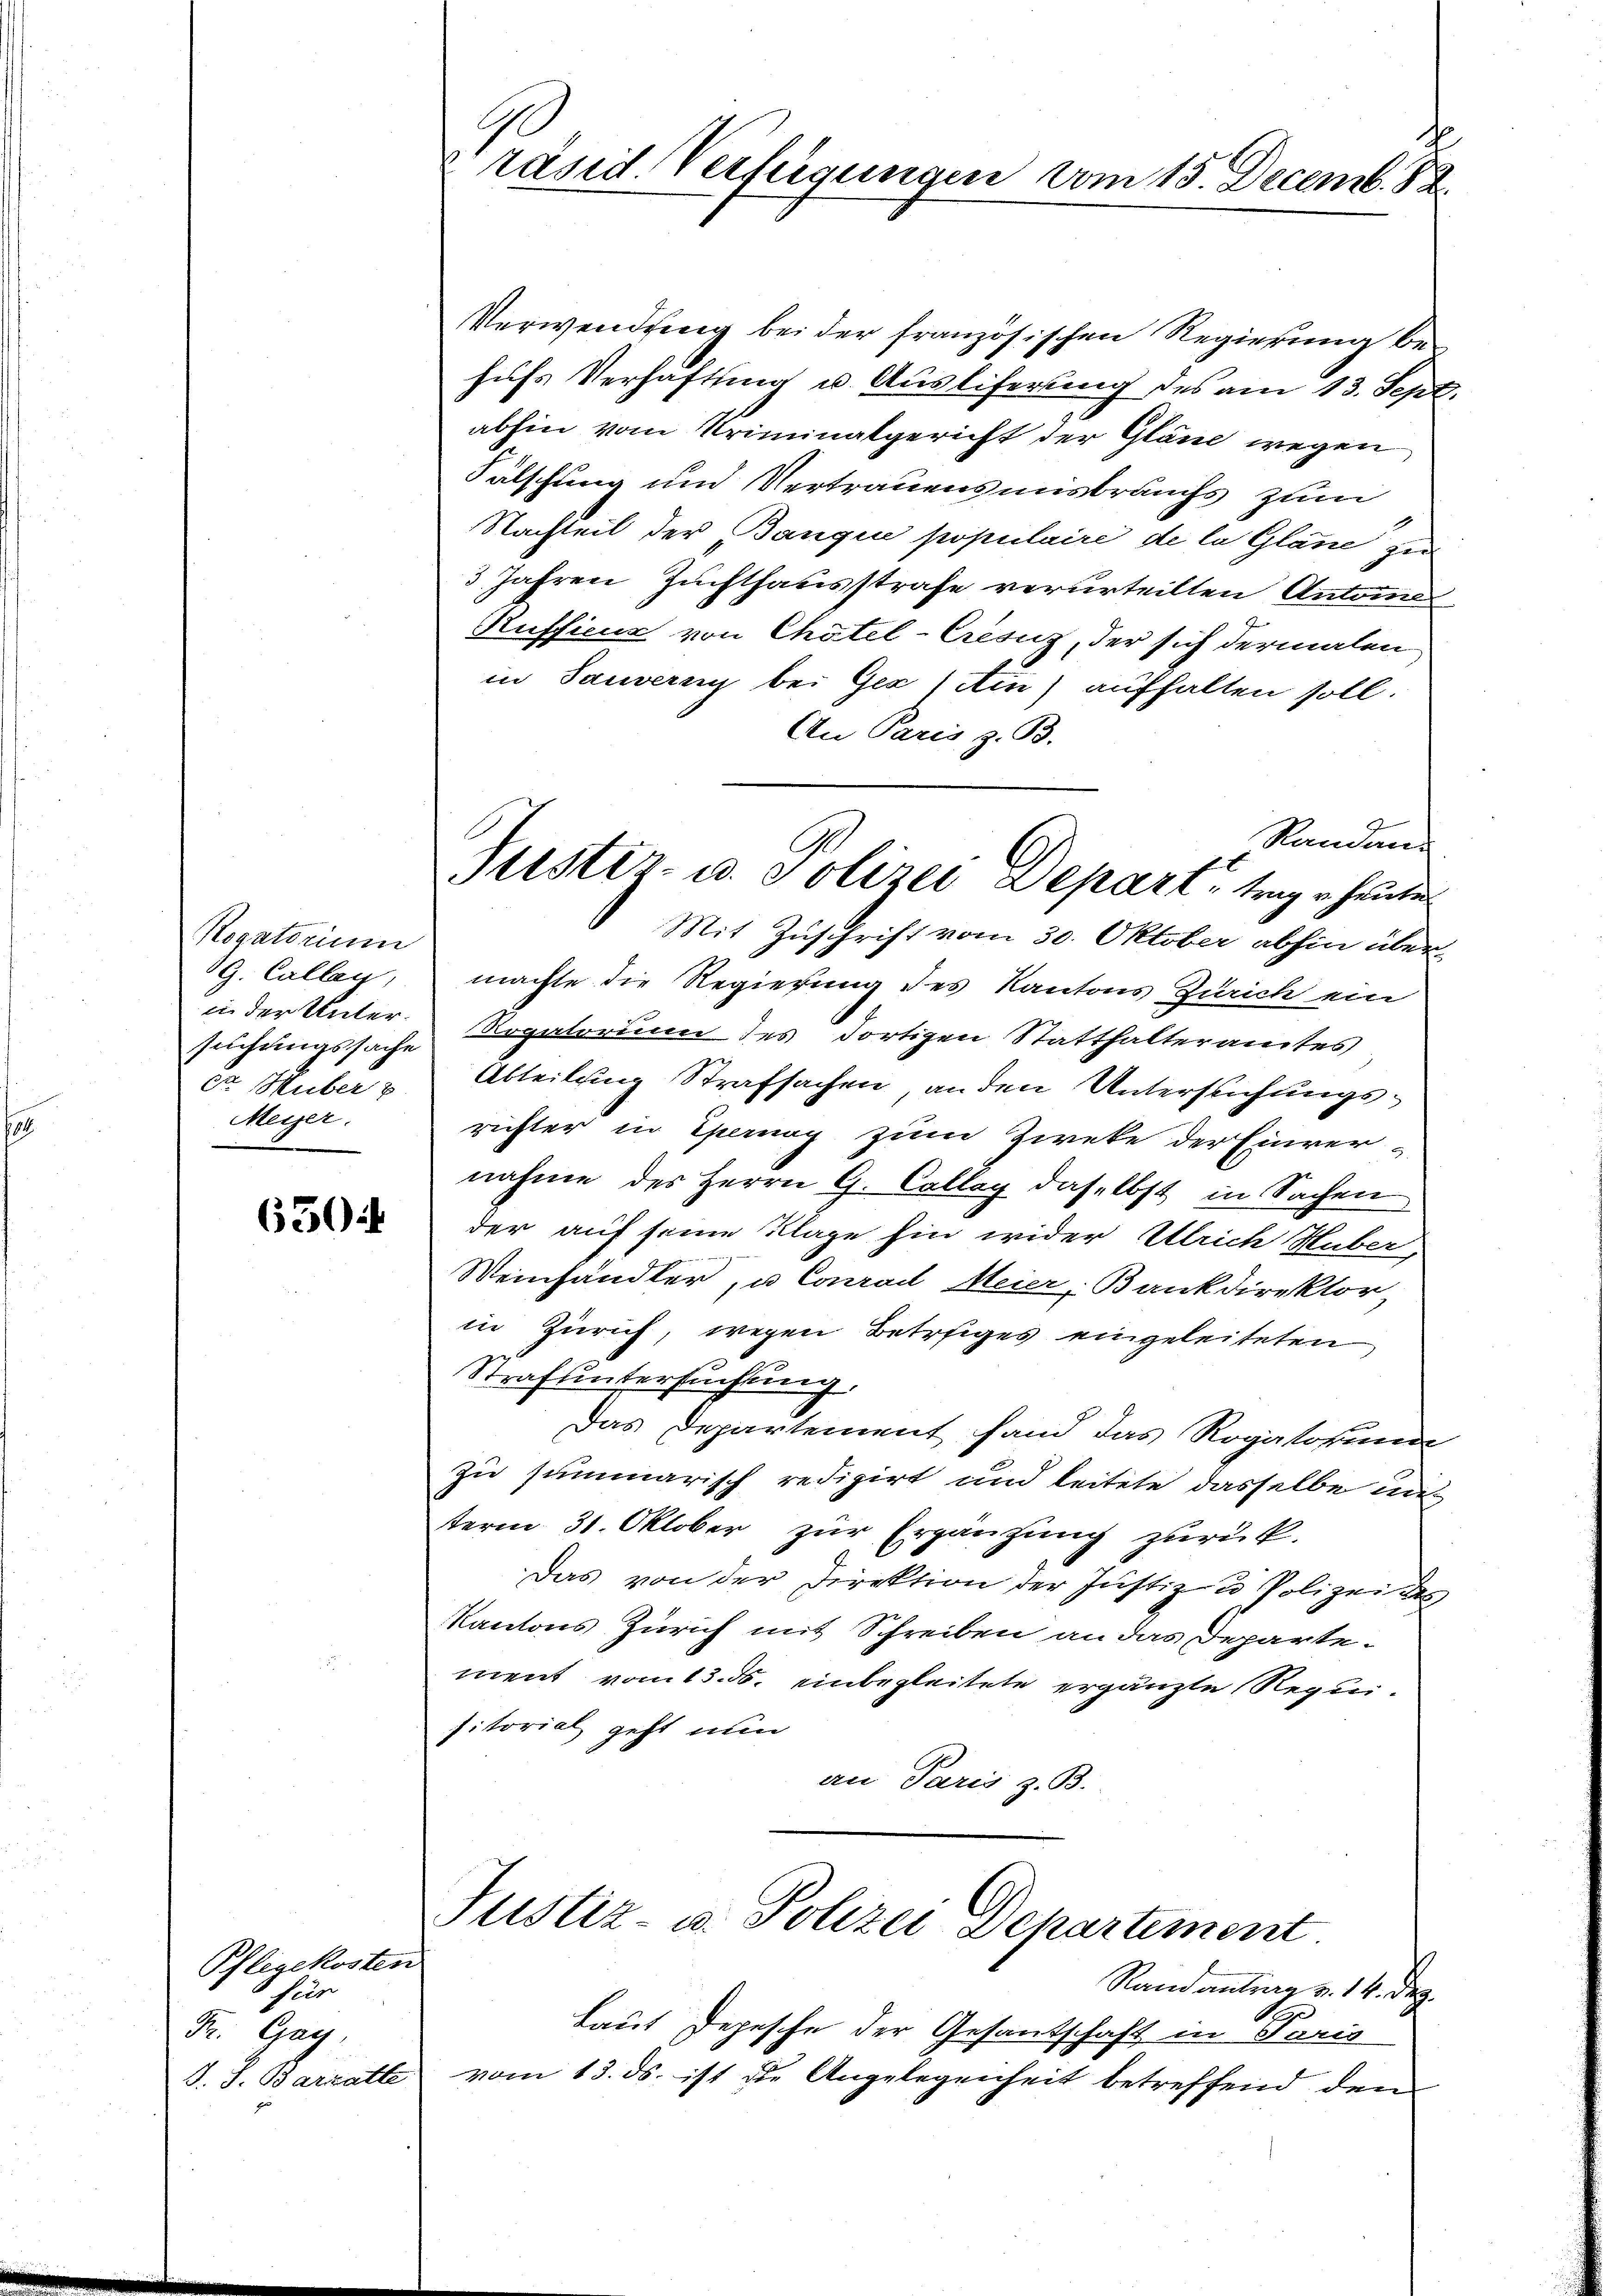
Rogatorium
G. Colleg,
in der Unterer Huber
Meizer.

650

Pflegekosten
sier
Fr. Gay,
S. S. Barzatte

G
v räses Verfügungen vom 15. Decemb. 82.

Verwendung bei der französischen Regierung behufs Verhaftung u. Ausliferung des am 13. Sept.
abhin vom Kriminalgericht der Gläne wegen
Fälschung und Vertrauensmisbrauchs zum
Nachteil der Banqui populaire de la Gläne zu
3 Jahren Zuchthausstrafe verurteilten Antons
Rufficus von Chatel-Cresuz, der sich dermalen
in Sauverny bei Ges (Am) aufhalten soll.
An Paris z. B.
Randene
Mit Zuschrift vom 30. Oktober abhin über-
machte die Regierung des Kantons Zürich ein
suchungssache Orgatorium des dortigen Statthalteramtes
Abteilung Strafsachen, an den Untersuchungsrichter in Chernag zum Zweke der Einver-
nahme des Herrn G. Colleg daselbst in Sachen
der auf seine Klage hin wider Ulrich Huber,
Weinhändler, u Conrad Meier Bankdirektor,
in Zürich, wegen Betriges eingeleiteten
Strafuntersuchung,
Das Departement fand das Rogatorum
zu summarisch redigirt und leitete dasselbe ni
term 31. Oktober zur Ergänzung zurück.
Das von der Direktion der Justiz u. Polizei des
Kantons Zürich mit Schreiben an das Departement vom 13. ds. einbegleitete ergänzte Requisitorial geht nun
an Paris z. B.
Justiz- u. Polizei Departement
Randantrag v. 14. Dez.
Laut Depesche der Gesantschaft in Paris
vom 13. ds. ist die Angelegenheit betreffend den

Justiz- u. Polizei Depart, trag heute